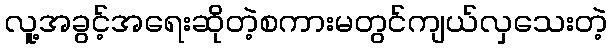
လူ့အခွင့်အရေးဆိုတဲ့စကားမတွင်ကျယ်လှသေးတဲ့